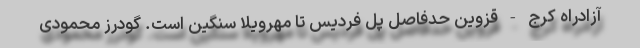
آزادراه کرج - قزوین حدفاصل پل فردیس تا مهرویلا سنگین است. گودرز محمودی